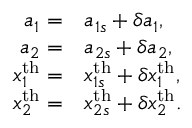
\begin{array} { r l } { a _ { 1 } = } & { a _ { 1 s } + \delta a _ { 1 } , } \\ { a _ { 2 } = } & { a _ { 2 s } + \delta a _ { 2 } , } \\ { x _ { 1 } ^ { \mathrm { t h } } = } & { x _ { 1 s } ^ { \mathrm { t h } } + \delta x _ { 1 } ^ { \mathrm { t h } } , } \\ { x _ { 2 } ^ { \mathrm { t h } } = } & { x _ { 2 s } ^ { \mathrm { t h } } + \delta x _ { 2 } ^ { \mathrm { t h } } . } \end{array}